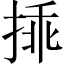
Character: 𢮿